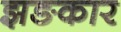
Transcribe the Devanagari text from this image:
झङकार